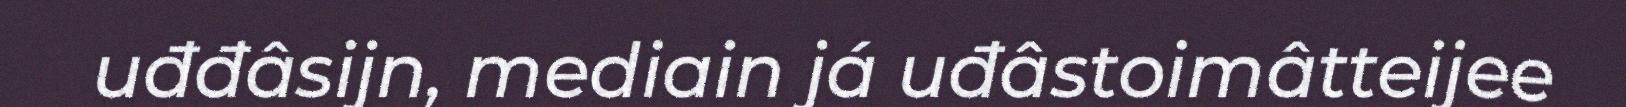
uđđâsijn, mediain já uđâstoimâtteijee